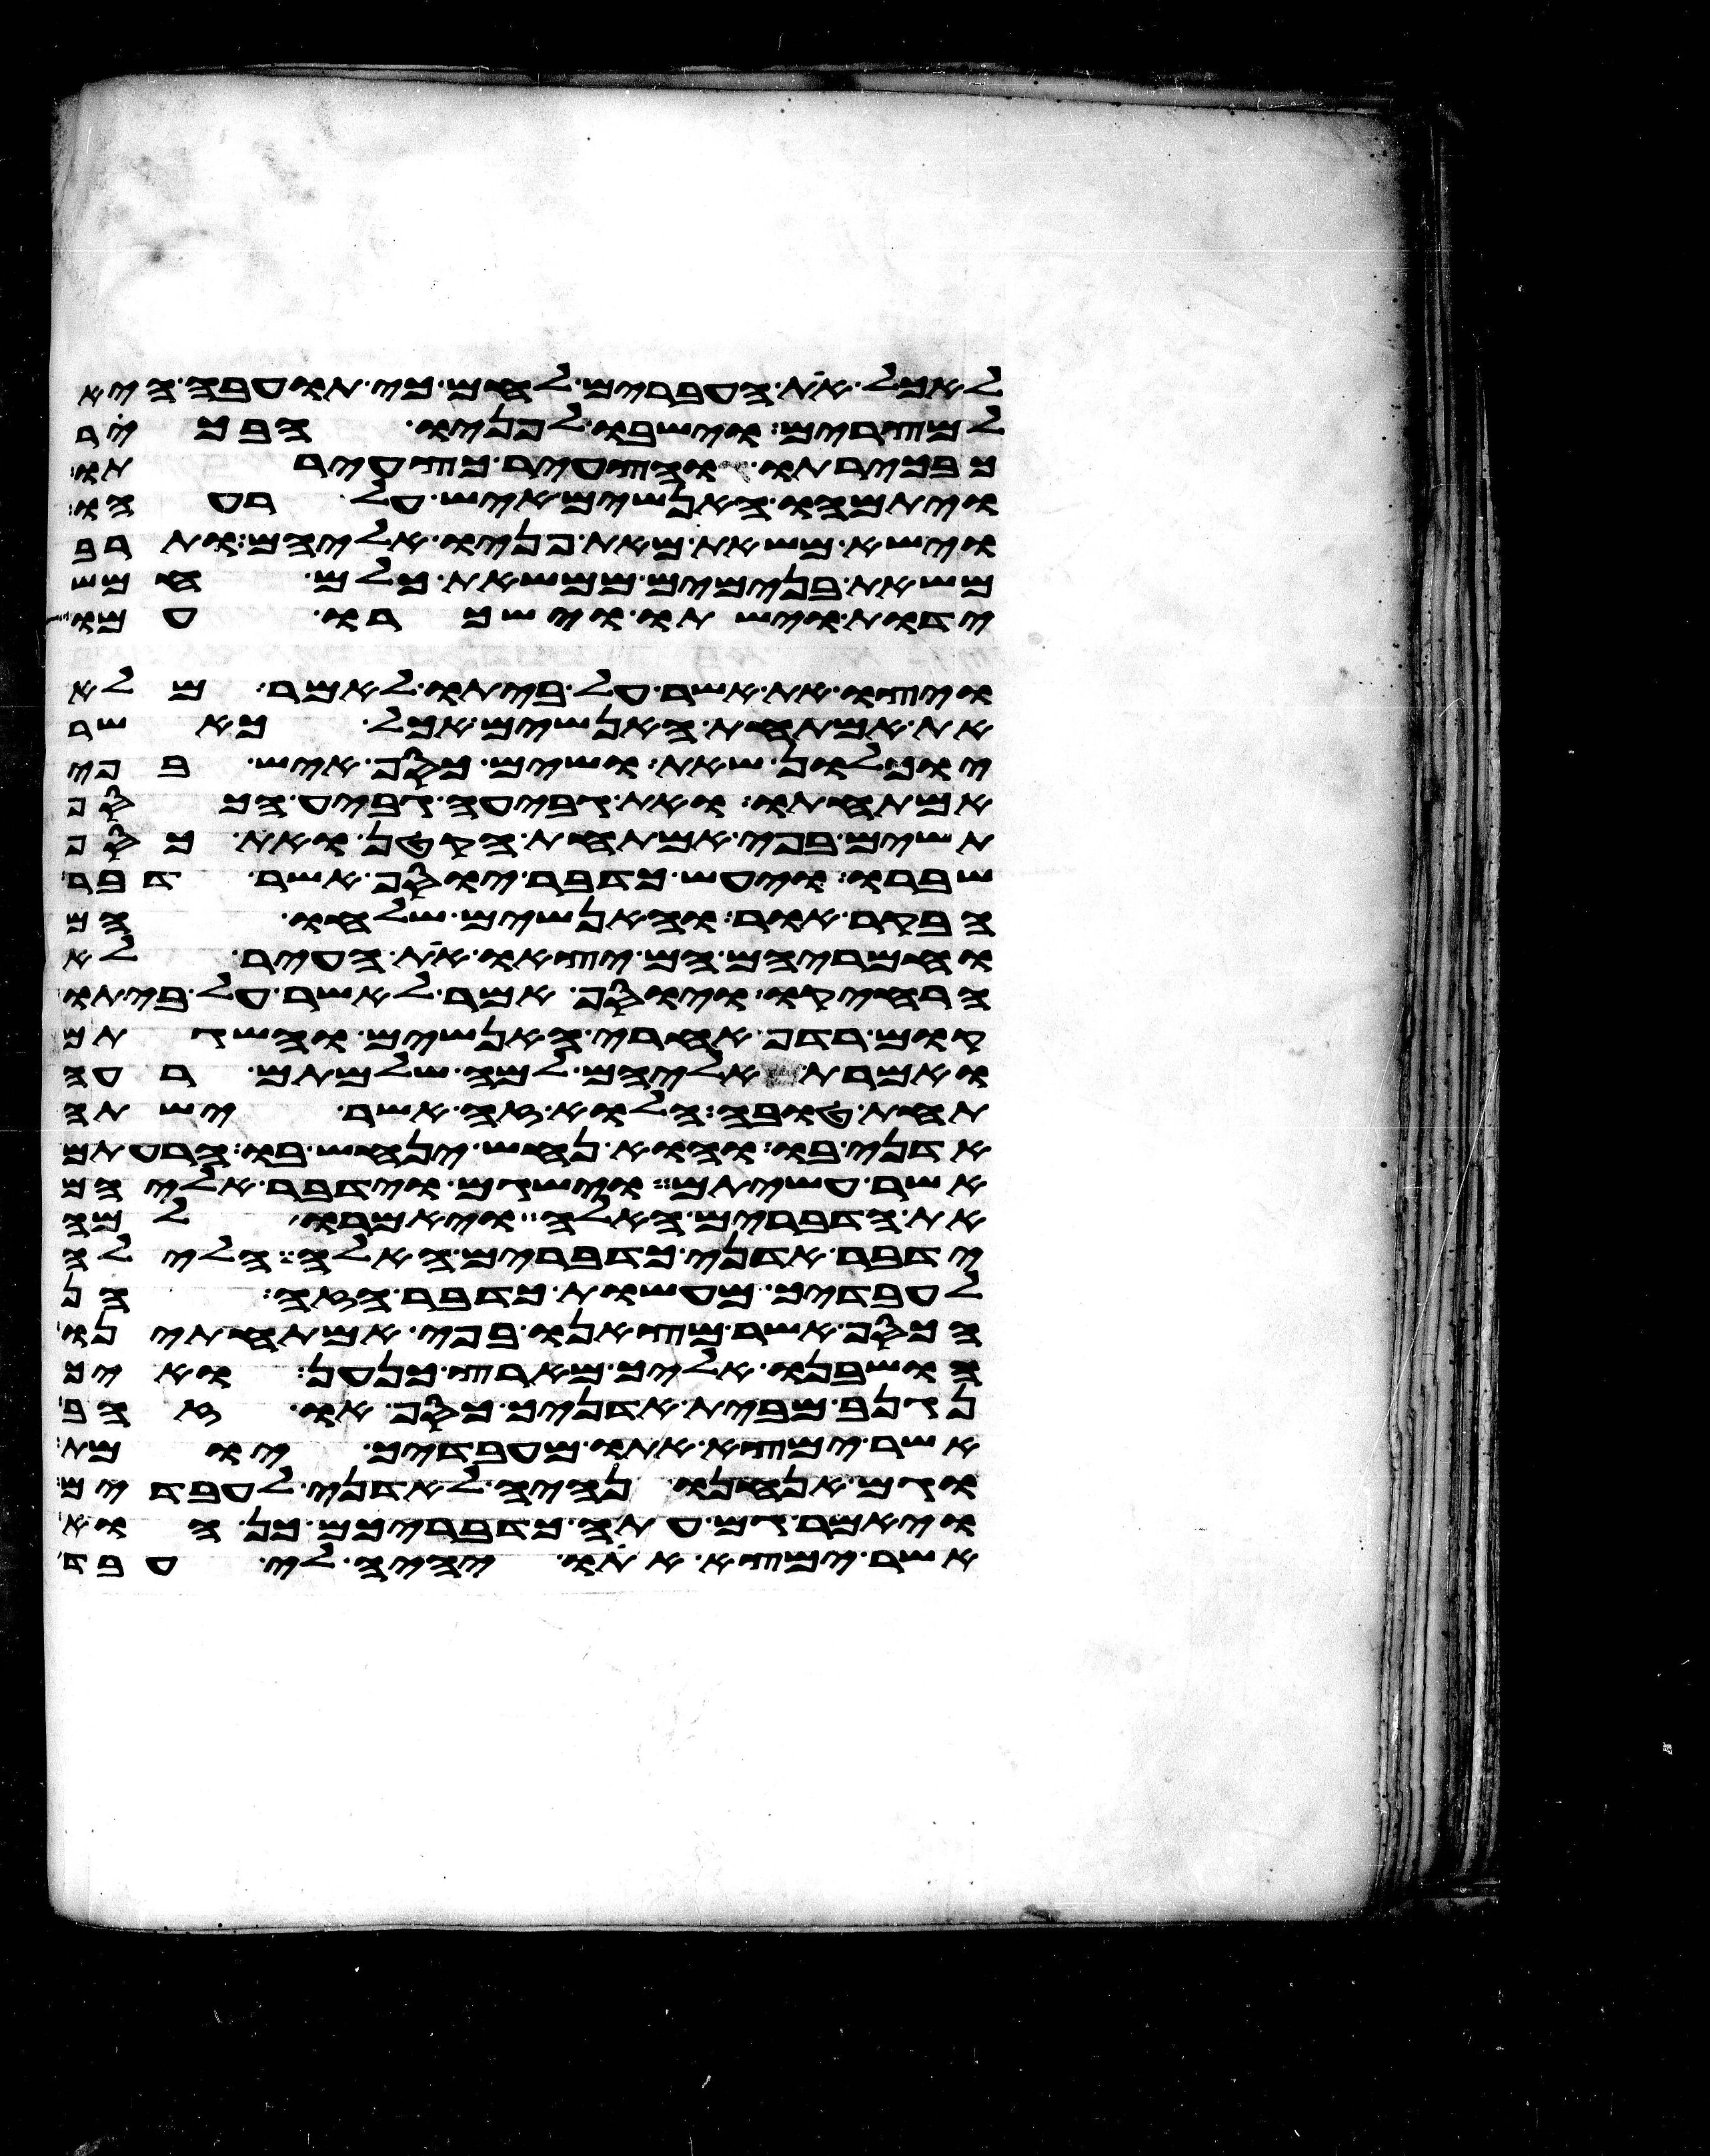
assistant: לאכל את העברים לחם כי תועבה היא
למצרים וישבו לפניו הבכור
כבכירתו והצעיר כצעירתו
ויתמהו האנשים איש על רעהו
וישא משאת מאת פניו אליהם ותרב
משאת בנימים ממשאת כלם חמש
ידות וישתו וישכרו עמו
ויצו את אשר על ביתו לאמר מלא
את אמתחת האנשים אכל כאשר
יוכלון שאת ושים כסף איש בפי
אמתחתו ואת גביע גביע הכסף
תשים בפי אמתחת הקטן ואת כסף
שברו ויעש כדבר יוסף אשר דבר
הבקר אור והאנשים שלחו הם
וחמריהם הם יצאו את העיר לא
הרחיקו ויוסף אמר לאשר על ביתו
קום רדף אחרי האנשים והשגתם
ואמרת אליהם למה שלמתם רעה
תחת טובה הלוא זה אשר ישתה
אדני בו והוא נחש ינחש בו הרעתם
אשר עשיתם וישגם וידבר אליהם
את הדברים האלה ויאמרו למה
ידבר אדני כדברים האלה חלילה
לעבדיך מעשות כדבר הזה הן
הכסף אשר מצאנו בפי אמתחתינו
הושבנו אליך מארץ כנען ואיך
נגנב מבית אדניך כסף או זהב
אשר ימצא אתו מעבדיך יומת
וגם אנחנו נהיה לאדני לעבדים
ויאמר גם עתה כדבריכם כן הוא
אשר ימצא אתו יהיה לי עבד